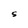
Character: S